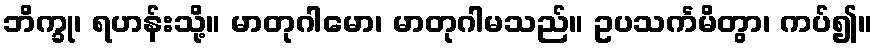
ဘိက္ခု၊ ရဟန်းသို့။ မာတုဂါမော၊ မာတုဂါမသည်။ ဥပသင်္ကမိတွာ၊ ကပ်၍။